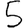
Digit: 5